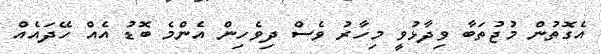
އެގޮތުން މުޖުތަބާ ވިދާޅުވީ މިހާރު ވެސް ދިވެހިން އެންމެ ބޮޑު އެއް ހޭދައެއް